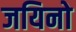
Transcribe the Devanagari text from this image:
जयिनो